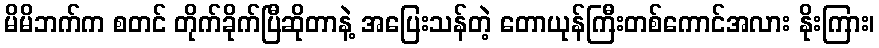
မိမိဘက်က စတင် တိုက်ခိုက်ပြီဆိုတာနဲ့ အပြေးသန်တဲ့ တောယုန်ကြီးတစ်ကောင်အလား နိုးကြား၊